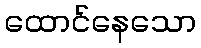
ထောင်နေသော